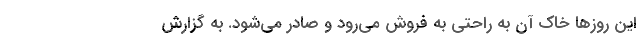
این روز‌ها خاک آن به راحتی به فروش می‌رود و صادر می‌شود. به گزارش